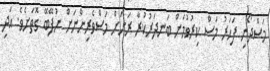
މަސްދޯނި ފަހަރު މަސް ކިރުވުމަށް ބަނދަރުކުރާ ރަށަށް މަސްވެރިންނަށް ނުފޭބޭ ގޮތަށެވެ. އަދި